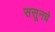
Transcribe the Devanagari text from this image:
ससूनचे